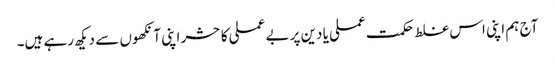
آج ہم اپنی اس غلط حکمت عملی یا دین پر بے عملی کا حشر اپنی آنکھوں سے دیکھ رہے ہیں۔